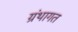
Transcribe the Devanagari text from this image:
ग्रंथागत